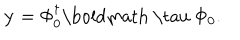
LaTeX: { \bf y } = \Phi _ { 0 } ^ { \dagger } \mathrm { \boldmath ~ \ t a u ~ } \Phi _ { 0 } .